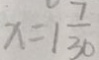
x = 1 \frac { 7 } { 3 0 }